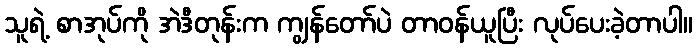
သူရဲ့ စာအုပ်ကို အဲဒီတုန်းက ကျွန်တော်ပဲ တာဝန်ယူပြီး လုပ်ပေးခဲ့တာပါ။